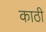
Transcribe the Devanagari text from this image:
काठी